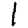
Digit: 1